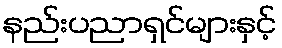
နည်းပညာရှင်များနှင့်